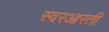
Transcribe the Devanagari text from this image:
स्वरआरती